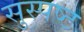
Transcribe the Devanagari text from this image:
सुस्‍पष्‍ट